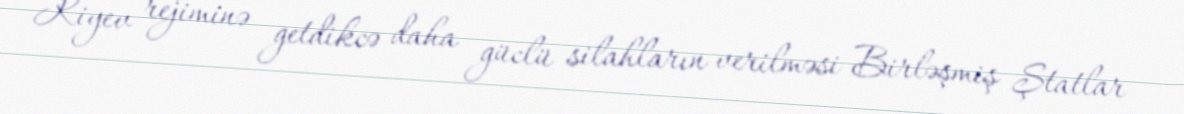
Kiyev rejiminə getdikcə daha güclü silahların verilməsi Birləşmiş Ştatlar